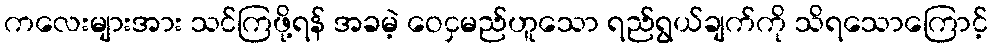
ကလေးများအား သင်ကြဖို့ရန် အခမဲ့ ဝေငှမည်ဟူသော ရည်ရွယ်ချက်ကို သိရသောကြောင့်